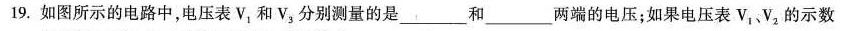
19.如图所示的电路中，电压表V，和V，分别测量的是___和___两端的电压；如果电压表V_{1|、v_{2|的示数